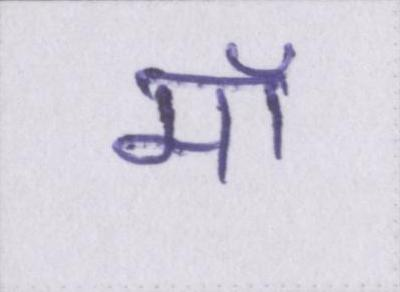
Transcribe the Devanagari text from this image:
मॉ